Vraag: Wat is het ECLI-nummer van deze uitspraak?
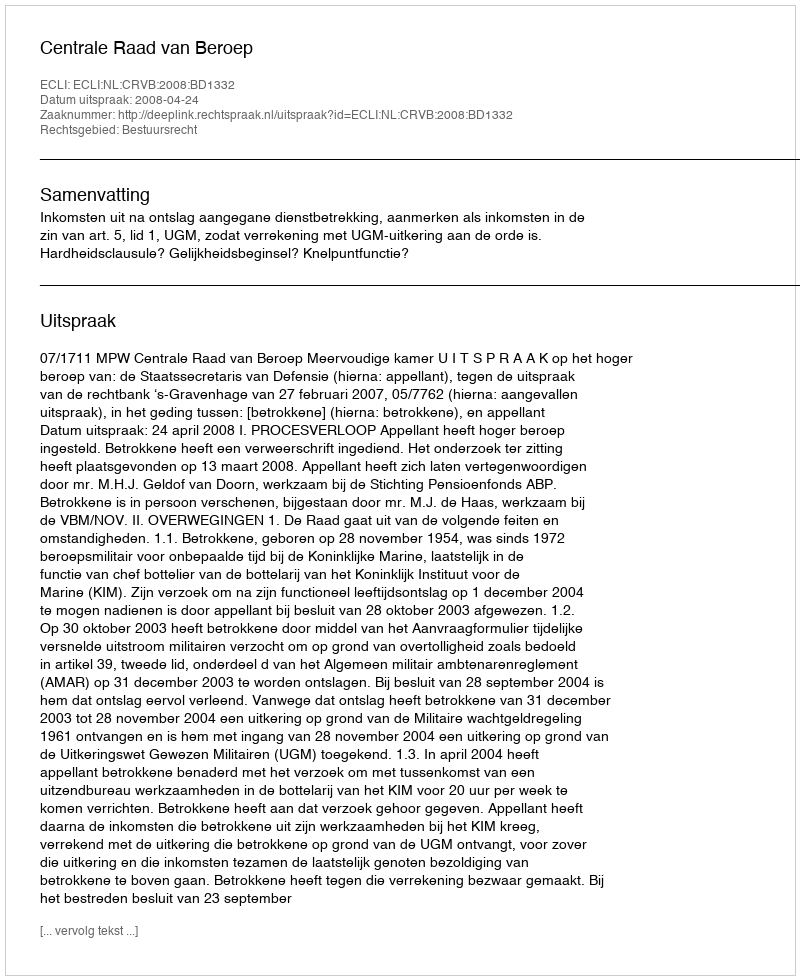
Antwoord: ECLI:NL:CRVB:2008:BD1332